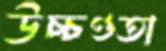
উচ্চণ্ডতা